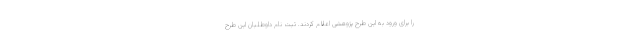
را برای ورود به این طرح پژوهشی اعلام کردند. ثبت نام داوطلبان این طرح